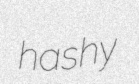
hashy